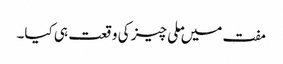
مفت میں ملی چیز کی وقعت ہی کیا۔